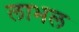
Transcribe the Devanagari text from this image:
लाभल